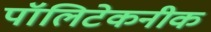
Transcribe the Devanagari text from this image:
पॉलिटेकनीक